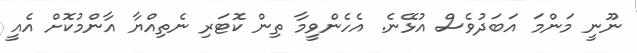
ނޫނީ މަންމަ އަބަދުވެސް އުޅޭނެ. އެހެންވީމާ ތިން ކޮޓަރި ނެތިއްޔާ އާންމުކޮށް އެއީ